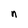
Character: n